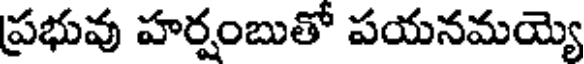
ప్రభువు హర్షంబుతో పయనమయ్యె